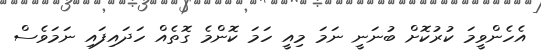
އެހެންވީމަ ކުރުކޮށް ބުނަނީ ނަމަ މިއީ ހަމަ ކޮންމެ ގޮތެއް ހަދައިފައި ނަމަވެސް